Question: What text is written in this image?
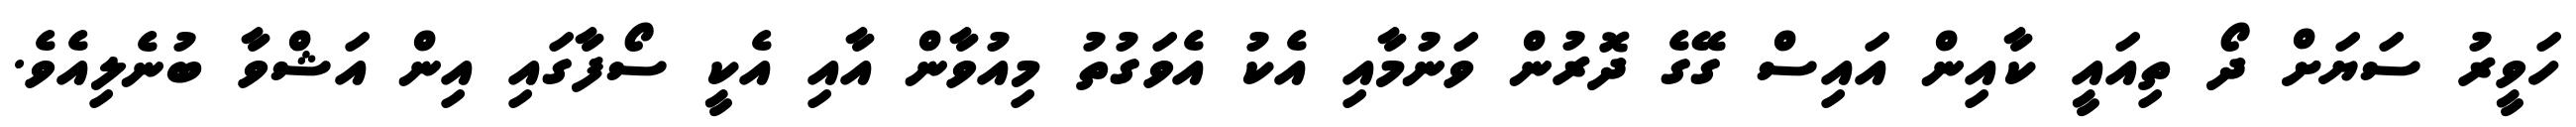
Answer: ހަވީރު ސަޔަށް ދޯ ތިއައީ ކާއިން އައިސް ގޭގެ ދޮރުން ވަނުމާއި އެކު އެވަގުތު މިއުވާން އާއި އެކީ ސޯފާގައި އިން އަޝްވާ ބުނެލިއެވެ.